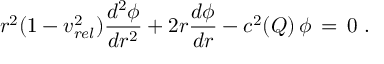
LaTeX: r ^ { 2 } ( 1 - v _ { r e l } ^ { 2 } ) \frac { d ^ { 2 } \phi } { d r ^ { 2 } } + 2 r \frac { d \phi } { d r } - c ^ { 2 } ( Q ) \, \phi \, = \, 0 \ .